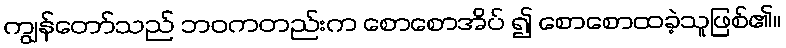
ကျွန်တော်သည် ဘဝကတည်းက စောစောအိပ် ၍ စောစောထခဲ့သူဖြစ်၏။